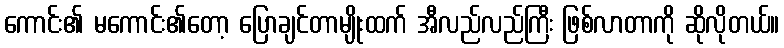
ကောင်း၏ မကောင်း၏တော့ ပြောချင်တာမျိုးထက် အီလည်လည်ကြီး ဖြစ်လာတာကို ဆိုလိုတယ်။